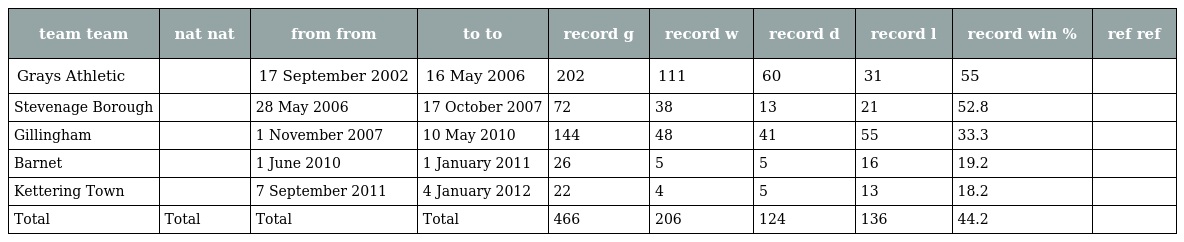
| team team | nat nat | from from | to to | record g | record w | record d | record l | record win % | ref ref |
 | --- | --- | --- | --- | --- | --- | --- | --- | --- | --- |
 | Grays Athletic |  | 17 September 2002 | 16 May 2006 | 202 | 111 | 60 | 31 | 55 |  |
 | Stevenage Borough |  | 28 May 2006 | 17 October 2007 | 72 | 38 | 13 | 21 | 52.8 |  |
 | Gillingham |  | 1 November 2007 | 10 May 2010 | 144 | 48 | 41 | 55 | 33.3 |  |
 | Barnet |  | 1 June 2010 | 1 January 2011 | 26 | 5 | 5 | 16 | 19.2 |  |
 | Kettering Town |  | 7 September 2011 | 4 January 2012 | 22 | 4 | 5 | 13 | 18.2 |  |
 | Total | Total | Total | Total | 466 | 206 | 124 | 136 | 44.2 |  |